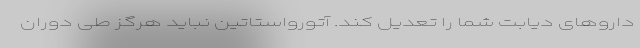
داروهای دیابت شما را تعدیل کند. آتورواستاتین نباید هرگز طی دوران